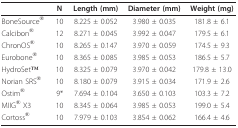
<table><thead><tr><td></td><td><b>N</b></td><td><b>Length (mm)</b></td><td><b>Diameter (mm)</b></td><td><b>Weight (mg)</b></td></tr></thead><tbody><tr><td>BoneSource<sup>®</sup></td><td>10</td><td>8.225 ± 0.052</td><td>3.980 ± 0.035</td><td>181.8 ± 6.1</td></tr><tr><td>Calcibon<sup>®</sup></td><td>12</td><td>8.271 ± 0.045</td><td>3.992 ± 0.047</td><td>179.5 ± 6.1</td></tr><tr><td>ChronOS<sup>®</sup></td><td>10</td><td>8.265 ± 0.147</td><td>3.970 ± 0.059</td><td>174.5 ± 9.3</td></tr><tr><td>Eurobone<sup>®</sup></td><td>10</td><td>8.365 ± 0.085</td><td>3.985 ± 0.053</td><td>186.5 ± 5.7</td></tr><tr><td>HydroSetTM</td><td>10</td><td>8.325 ± 0.079</td><td>3.970 ± 0.042</td><td>179.8 ± 13.0</td></tr><tr><td>Norian SRS<sup>®</sup></td><td>10</td><td>8.180 ± 0.079</td><td>3.915 ± 0.034</td><td>171.9 ± 2.6</td></tr><tr><td>Ostim<sup>®</sup></td><td>9*</td><td>7.694 ± 0.104</td><td>3.650 ± 0.103</td><td>103.3 ± 7.2</td></tr><tr><td>MIIG<sup>® </sup>X3</td><td>10</td><td>8.345 ± 0.064</td><td>3.985 ± 0.053</td><td>199.0 ± 5.4</td></tr><tr><td>Cortoss<sup>®</sup></td><td>10</td><td>7.979 ± 0.103</td><td>3.854 ± 0.062</td><td>166.4 ± 4.6</td></tr></tbody></table>